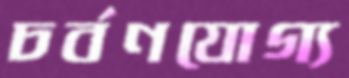
চর্বণযোগ্য